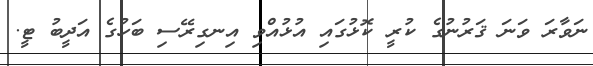
ނަވާރަ ވަނަ ޤަރުނުގެ ކުރީ ކޮޅުގައި އުޅުއްވި އިނގިރޭސި ބަހުގެ އަދީބު ޓީ.